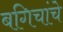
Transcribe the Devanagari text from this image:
बगिचांचे